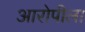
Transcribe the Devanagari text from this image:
आरोपीला